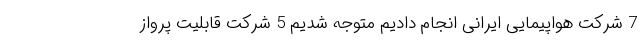
7 شرکت هواپیمایی ایرانی انجام دادیم متوجه شدیم 5 شرکت قابلیت پرواز